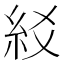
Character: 䋂